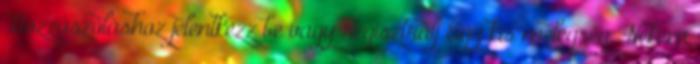
Hozzászóláshoz jelentkezz be vagy regisztrálj Egy kis melegség. Nekem